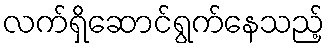
လက်ရှိဆောင်ရွက်နေသည့်